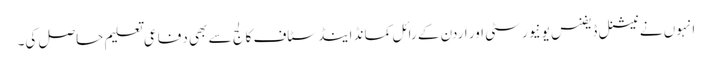
انہوں نے نیشنل ڈیفنس یونیورسٹی اور اردن کے رائل کمانڈ اینڈ سٹاف کالج سے بھی دفاعی تعلیم حاصل کی۔